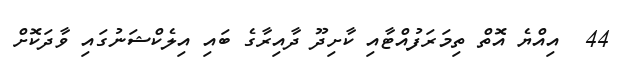
44  އިއްޔެ އޮތް ތިމަރަފުއްޓާއި ކާށިދޫ ދާއިރާގެ ބައި އިލެކްޝަނުގައި ވާދަކޮށް